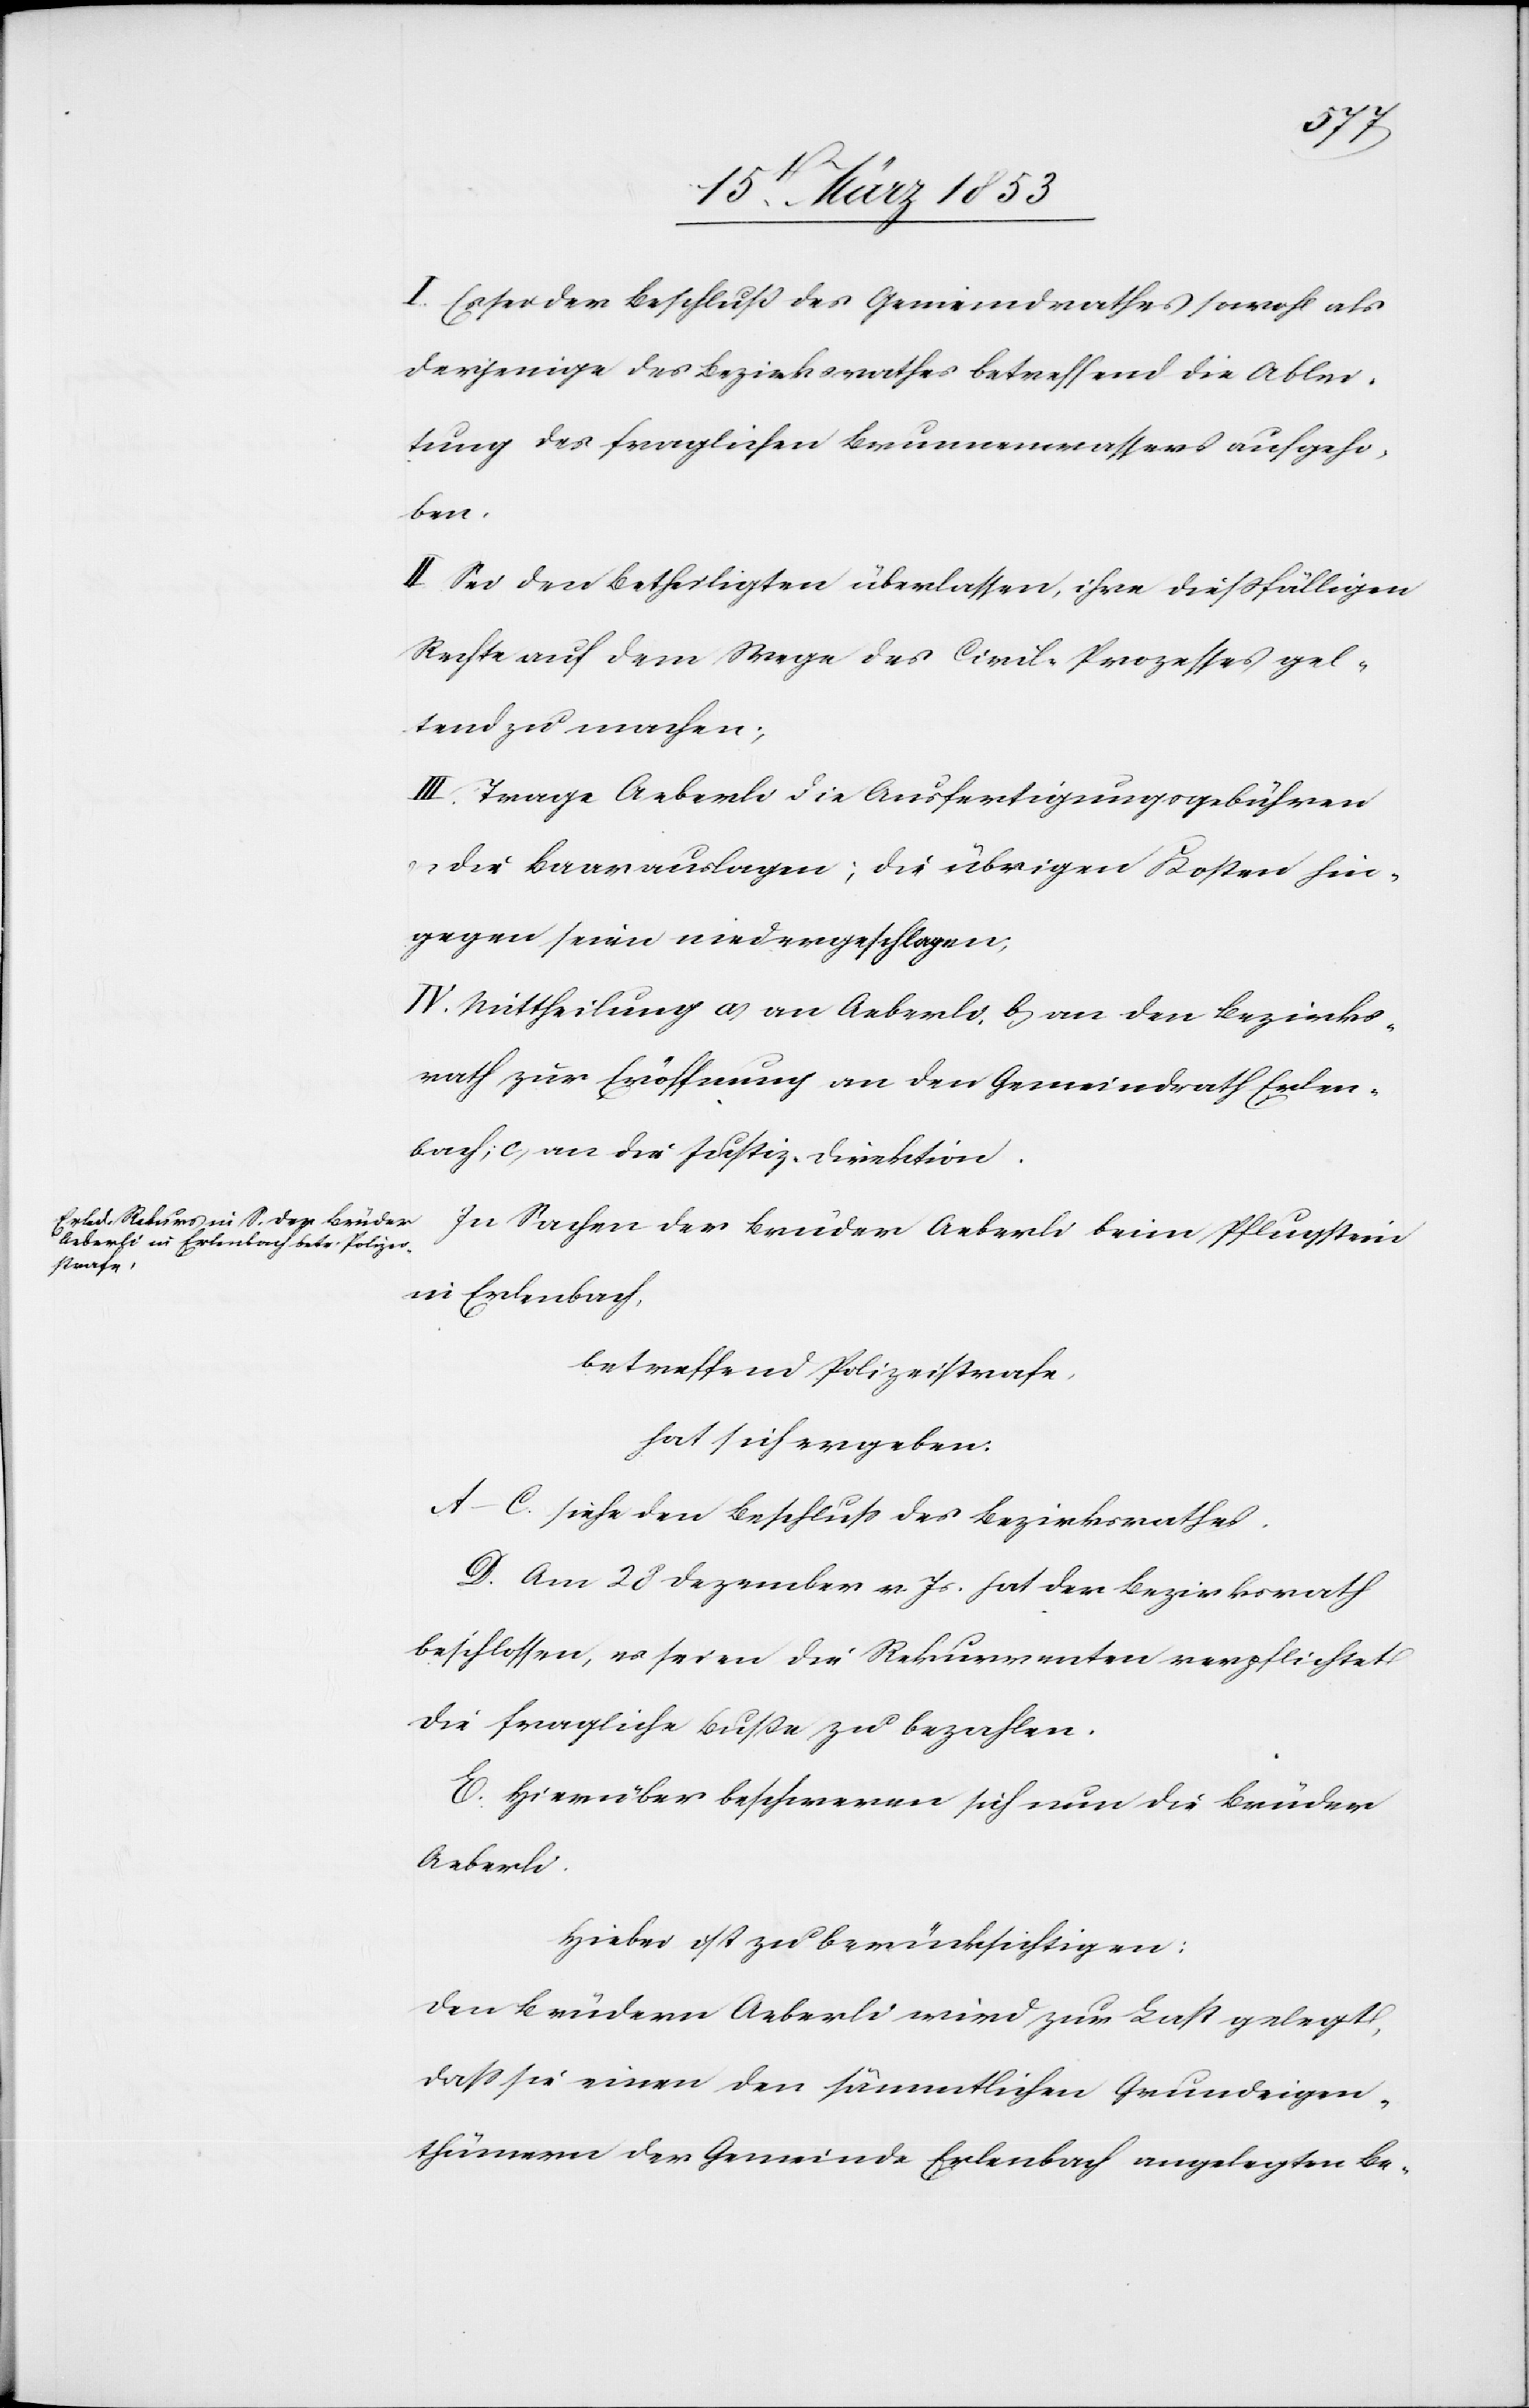
I. Es sei der Beschluß des Gemeindrathes sowohl als
derjenige des Bezirksrathes betreffend die Ablei¬
tung des fraglichen Brunnenwassers aufgeho¬
ben.
II. Sei den Betheiligten überlassen, ihre dießfälligen
Rechte auf dem Wege des Civil-Prozesses gel¬
tend zu machen.
III. Trage Aeberli die Ausfertigungsgebühren
u. die Baarauslagen; die übrigen Kosten hin¬
gegen seien niedergeschlagen,
IV. Mittheilung a, an Aeberli, b, an den Bezirks¬
rath zur Eröffnung an den Gemeindrath Erlen¬
bach, c, an die Justiz-Direktion.
In Sachen der Brüder Aeberli beim Pflugstein
in Erlenbach.
betreffend Polizeistrafe,
hat sich ergeben:
A–C. siehe den Beschluß des Bezirksrathes.
D. Am 20 Dezember v. Js. hat der Bezirksrath
beschlossen, es seien die Rekurrenten verpflichtet
die fragliche Buße zu bezahlen.
E. Hierüber beschweren sich nun die Brüder
Aeberli.
Hiebei ist zu berücksichtigen:
Den Brüdern Aeberli wird zur Last gelegt,
daß sie einen den sämmtlichen Grundeigen¬
thümern der Gemeinde Erlenbach angelegten Be-